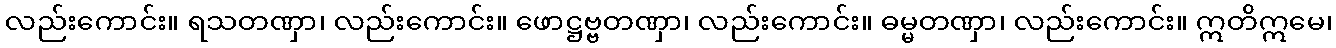
လည်းကောင်း။ ရသတဏှာ၊ လည်းကောင်း။ ဖောဋ္ဌဗ္ဗတဏှာ၊ လည်းကောင်း။ ဓမ္မတဏှာ၊ လည်းကောင်း။ ဣတိဣမေ၊